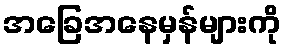
အခြေအနေမှန်များကို